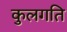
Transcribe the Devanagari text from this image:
कुलगति